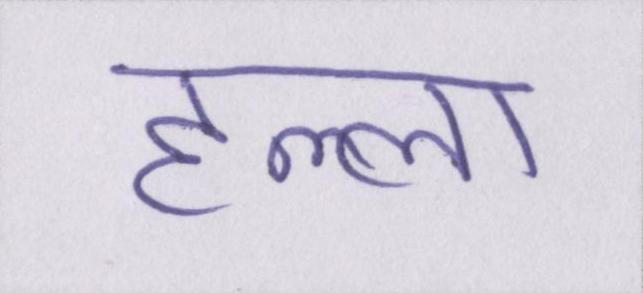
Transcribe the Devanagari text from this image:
हल्ला